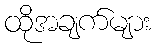
ထိုအချက်များ